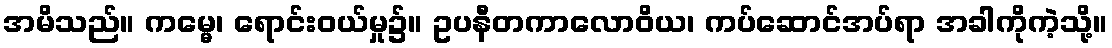
အမိသည်။ ကမ္မေ၊ ရောင်းဝယ်မှု၌။ ဥပနီတကာလောဝိယ၊ ကပ်ဆောင်အပ်ရာ အခါကိုကဲ့သို့။